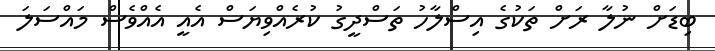
ބިޑަށް ނުލާ ރަށް ތަކުގެ އިސްލާހު ތަސްދީގު ކުރެއްވިޔަަސް އެއީ އެއްވެސް މައްސަލަ